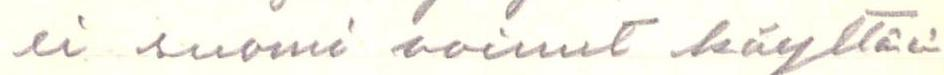
ei suomi voinut käyttää